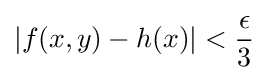
\left|f(x,y)-h(x)\right|<{\frac {\epsilon }{3}}